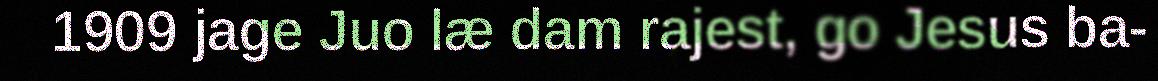
1909 jage Juo læ dam rajest, go Jesus ba-